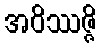
အဝိဿဇ္ဇိ